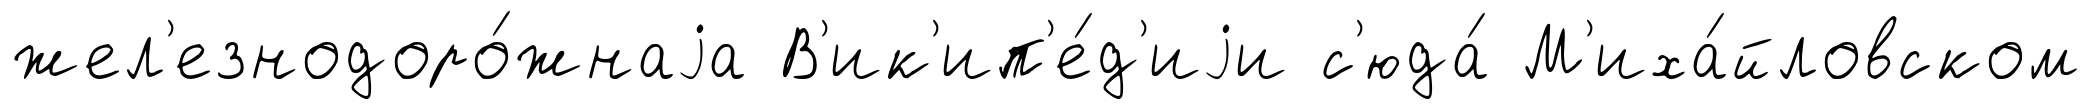
жел'езнодоро́жнаjа В'ик'ип'е́д'иjи с'юда́ М'иха́йловском